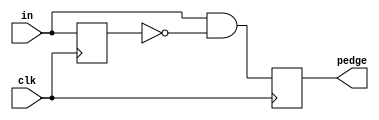
module top_module (
    input clk,
    input [7:0] in,
    output reg [7:0] pedge
);

reg [7:0] in_prev;
always @ (posedge clk) in_prev <= in;
always @ (posedge clk) pedge <= in & ~in_prev;

endmodule